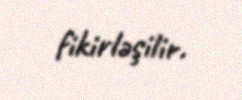
fikirləşilir.